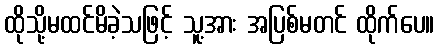
ထိုသို့မထင်မိခဲ့သဖြင့် သူ့အား အပြစ်မတင် ထိုက်ပေ။